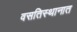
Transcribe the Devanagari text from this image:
वसतिस्थानात